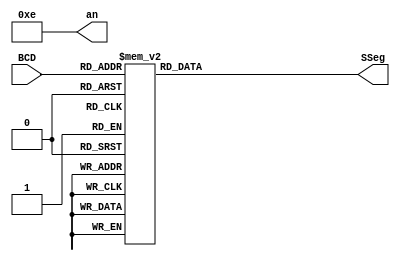
module seg7 (BCD, SSeg, an);

  input [3:0] BCD;
  output reg [0:6] SSeg;
  output [3:0] an;
  
  assign an = 4'b1110;


always @ ( * ) begin
  case (BCD)

                         // abcdefg
         4'b0000: SSeg = 7'b0000001; // "0"  
	 4'b0001: SSeg = 7'b1001111; // "1" 
	 4'b0010: SSeg = 7'b0010010; // "2" 
	 4'b0011: SSeg = 7'b0000110; // "3" 
	 4'b0100: SSeg = 7'b1001100; // "4" 
	 4'b0101: SSeg = 7'b0100100; // "5" 
	 4'b0110: SSeg = 7'b0100000; // "6" 
	 4'b0111: SSeg = 7'b0001111; // "7" 
	 4'b1000: SSeg = 7'b0000000; // "8"  
	 4'b1001: SSeg = 7'b0000100; // "9" 
    default:
    SSeg = 0;
  endcase
end

endmodule